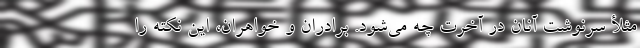
مثلأ سرنوشت آنان در آخرت چه می‌شود. برادران و خواهران، این نکته را